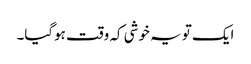
ایک تو یہ خوشی کہ وقت ہوگیا۔